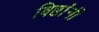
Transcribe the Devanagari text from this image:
बिष्टांनी